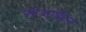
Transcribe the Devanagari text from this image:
जोआक्विन